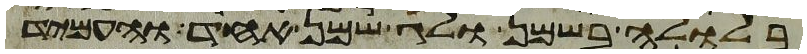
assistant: בלולה בשמן ולג שמן אחד והעמיד